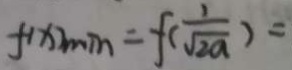
f ( x ) _ { \min } = f ( \frac { 1 } { \sqrt { 2 a } } ) =